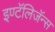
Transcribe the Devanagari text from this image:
इण्टॅलिजॅन्स